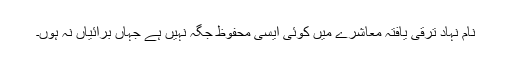
نام نہاد ترقی یافتہ معاشرے میں کوئی ایسی محفوظ جگہ نہیں ہے جہاں برائیاں نہ ہوں۔